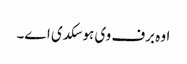
اوہ برف وی ہو سکدی ا‏‏ے۔